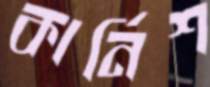
কার্নিশ